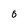
Character: 0